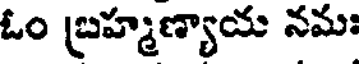
ఓం బ్రహ్మణ్యాయ నమః